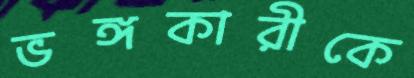
ভঙ্গকারীকে